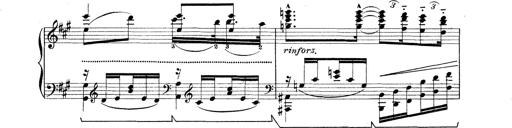
Title: Rapsodie: 19 ungheresi, 1 spagnuola
Composer: Franz Liszt